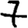
Digit: 7